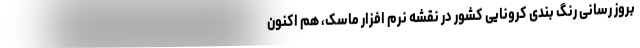
بروز رسانی رنگ بندی کرونایی کشور در نقشه نرم افزار ماسک، هم اکنون